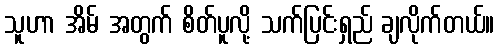
သူဟာ အိမ် အတွက် စိတ်ပူလို့ သက်ပြင်းရှည် ချလိုက်တယ်။